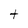
Character: t